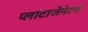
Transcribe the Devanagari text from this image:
प्लांटाजेनेटचे